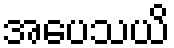
အပေသယိ